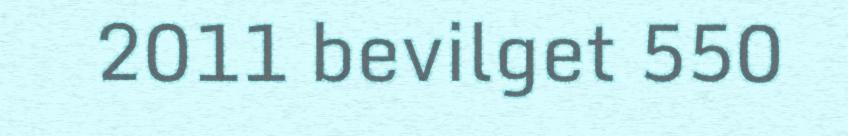
2011 bevilget 550